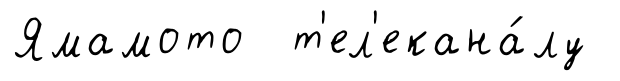
Ямамото т'ел'екана́лу